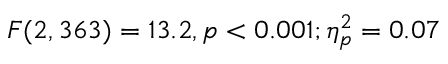
F ( 2 , 3 6 3 ) = 1 3 . 2 , p < 0 . 0 0 1 ; \eta _ { p } ^ { 2 } = 0 . 0 7